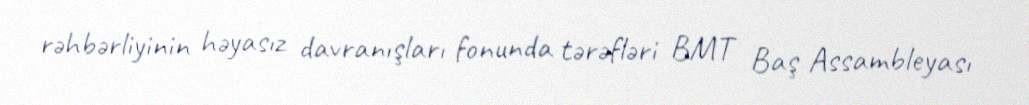
rəhbərliyinin həyasız davranışları fonunda tərəfləri BMT Baş Assambleyası